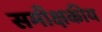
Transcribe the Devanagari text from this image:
समीक्षकीय